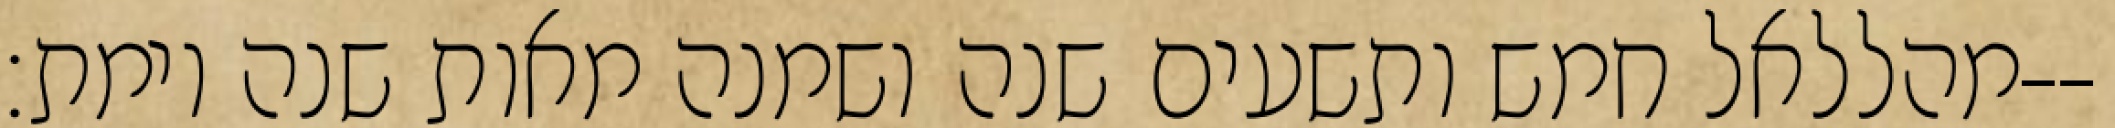
מהללאל חמש ותשעים שנה ושמנה מאות שנה וימת׃--